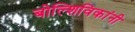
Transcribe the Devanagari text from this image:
बोल्शिविकांनी